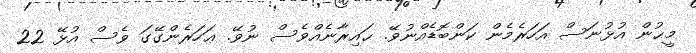
މީޙުން އުޅުނަސް އަހަރެމެން ކަންބޮޑެއްނުވޭ. ޙައިރާނެއްވެސް ނުވޭ. ޢަހަރެންގޭގަ ވެސް އުޅޭ 22